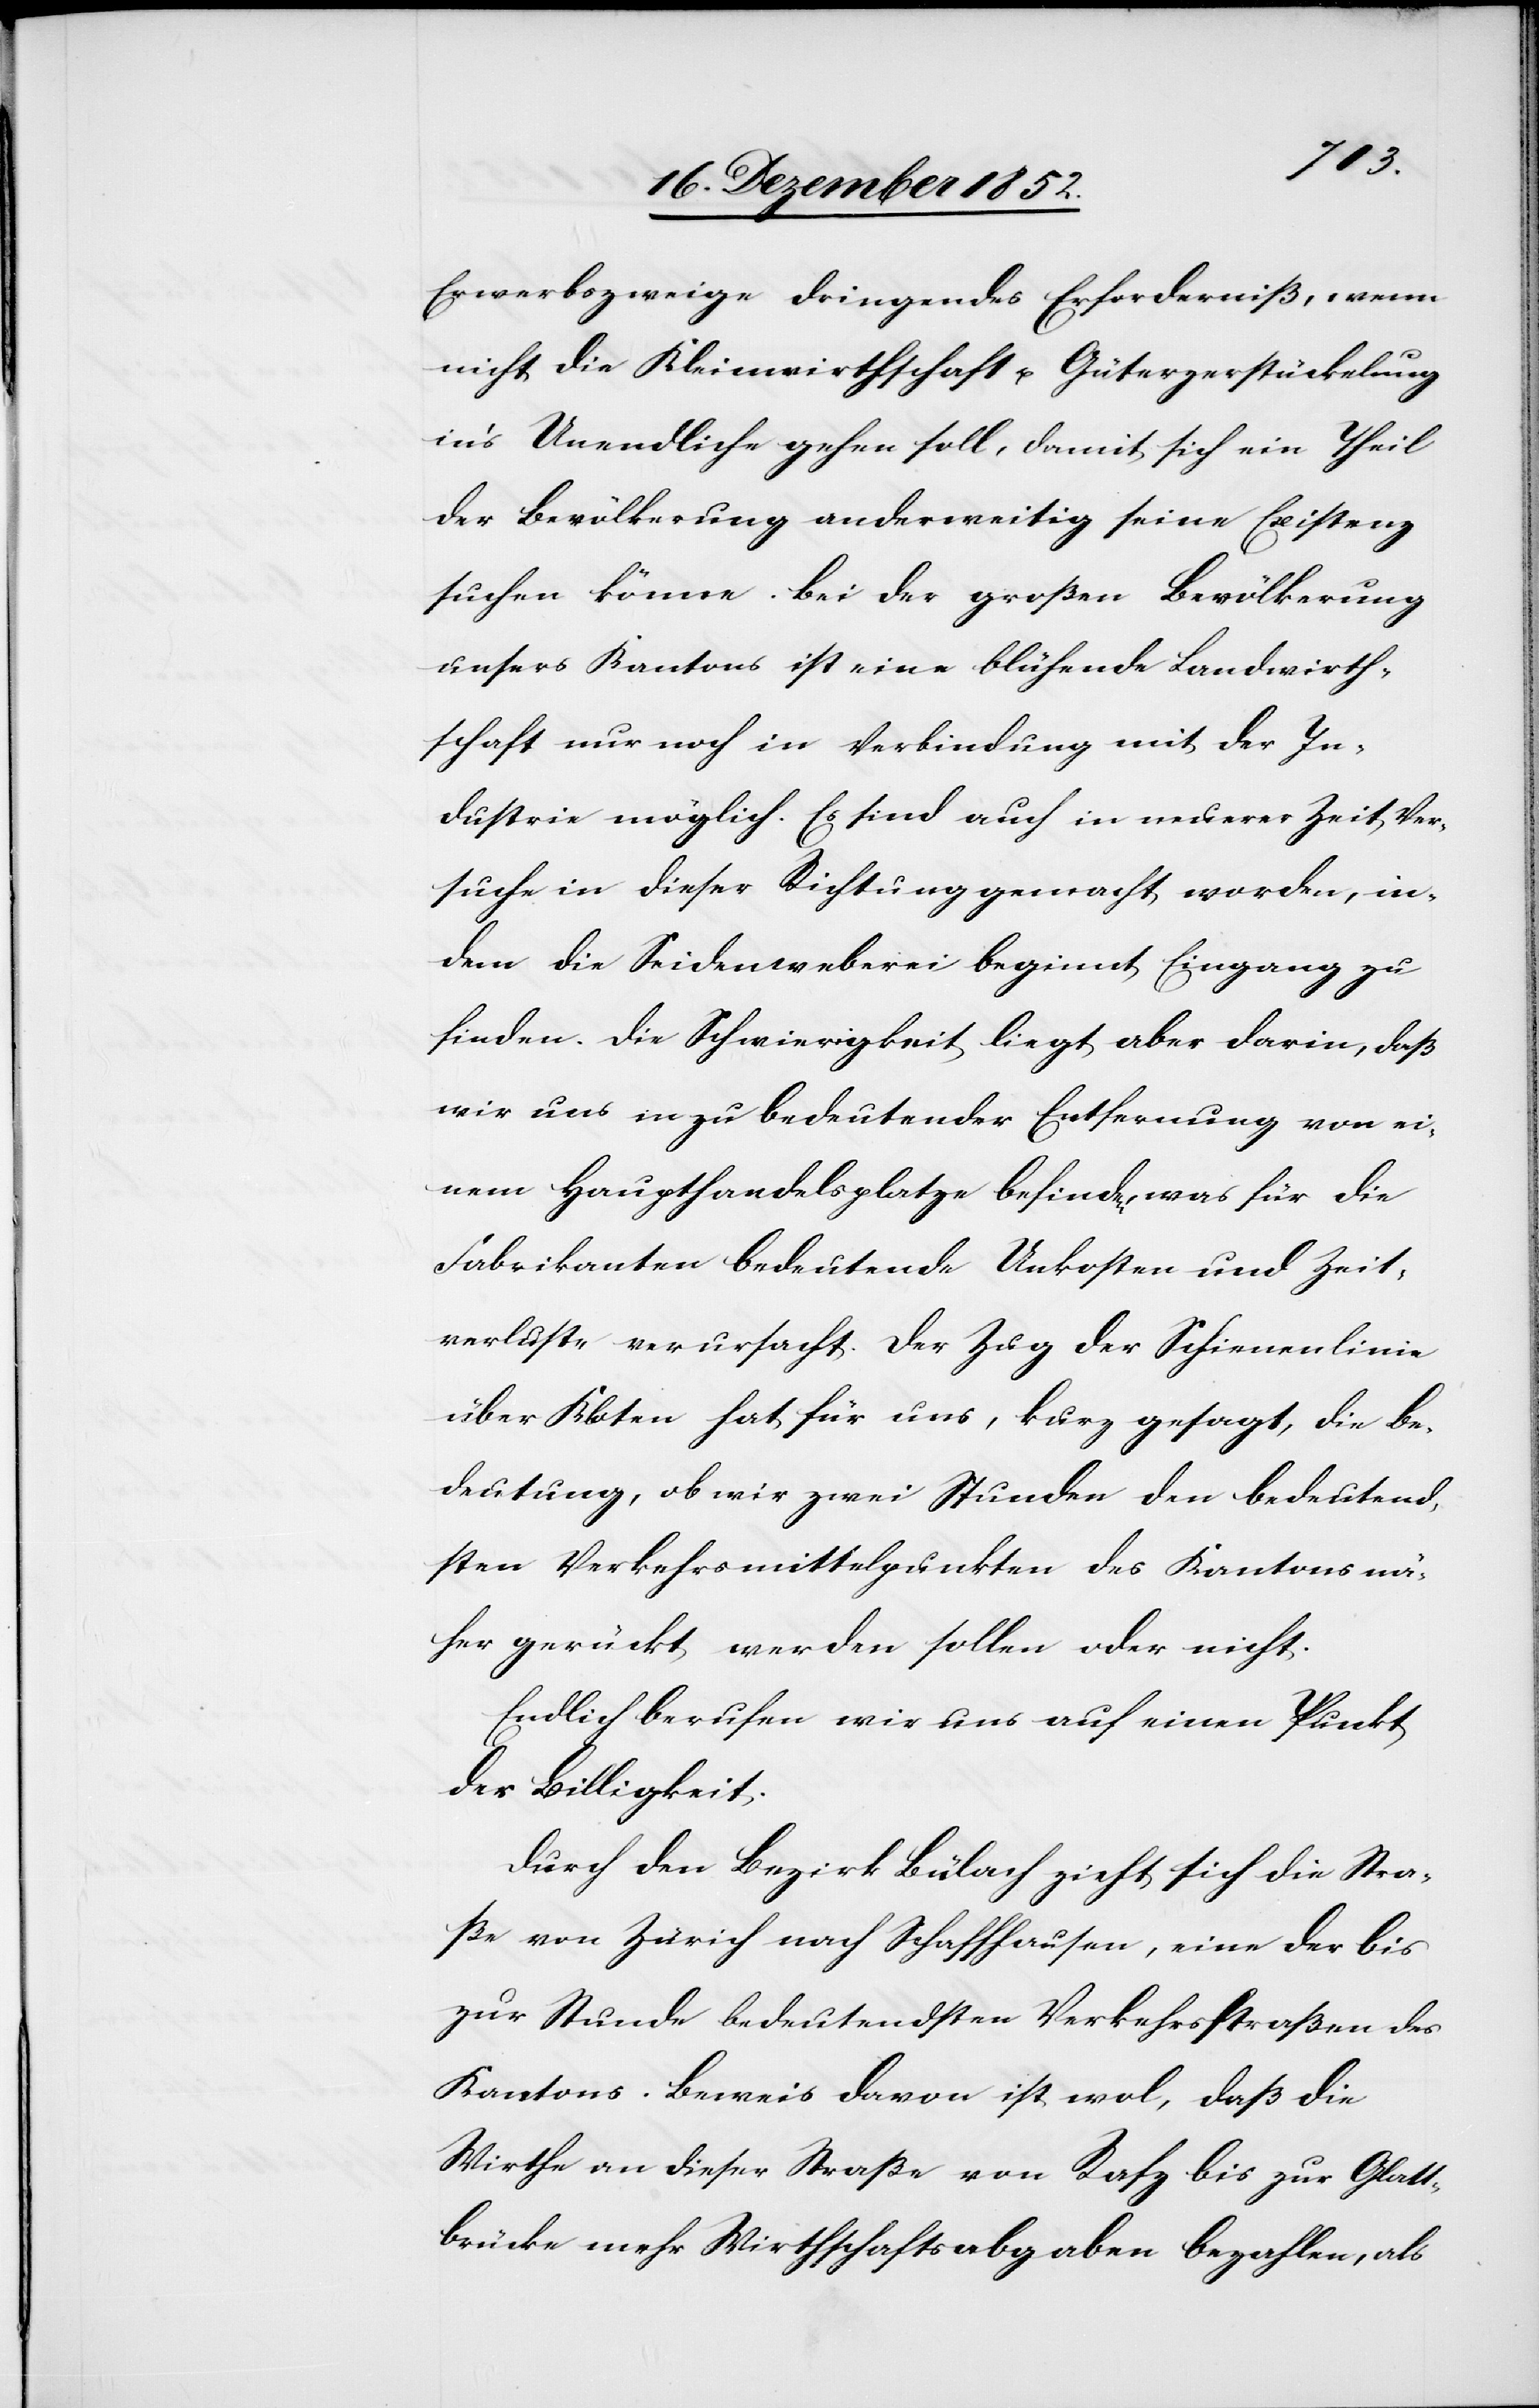
Erwerbszweige dringendes Erforderniß, wenn
nicht die Kleinwirthschaft u. Güterzerstückelung
in’s Unendliche gehen soll, damit sich ein Theil
der Bevölkerung anderweitig seine Existenz
suchen könne. Bei der großen Bevölkerung
unsers Kantons ist eine blühende Landwirth¬
schaft nur noch in Verbindung mit der In¬
dustrie möglich. Es sind auch in neuerer Zeit Ver¬
suche in dieser Richtung gemacht worden, in¬
dem die Seidenweberei beginnt Eingang zu
finden. Die Schwierigkeit liegt aber darin, daß
wir uns in zu bedeutender Entfernung von ei¬
nem Haupthandelsplatze befinden, was für die
Fabrikanten bedeutende Unkosten und Zeit¬
verluste verursacht. Der Zug der Schienenlinie
über Kloten hat für uns, kurz gesagt, die Be¬
deutung, ob wir zwei Stunden den bedeutend¬
sten Verkehrsmittelpunkten des Kantons nä¬
her gerückt werden sollen oder nicht.
Endlich berufen wir uns auf einen Punkt
der Billigkeit.
Durch den Bezirk Bülach zieht sich die Stra¬
ße von Zürich nach Schaffhausen, eine der bis
zur Stunde bedeutendsten Verkehrsstraßen des
Kantons. Beweis davon ist wol, daß die
Wirthe an dieser Straße von Rafz bis zur Glatt¬
brücke mehr Wirthschaftsabgaben bezahlen, als